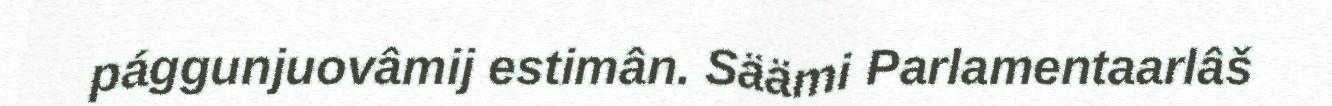
pággunjuovâmij estimân. Säämi Parlamentaarlâš